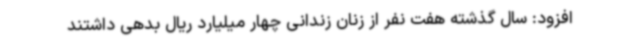
افزود: سال گذشته هفت نفر از زنان زندانی چهار میلیارد ریال بدهی داشتند